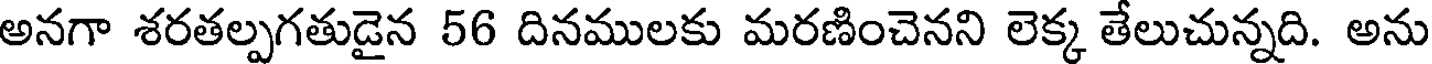
అనగా శరతల్పగతుడైన 56 దినములకు మరణించెనని లెక్క తేలుచున్నది. అను